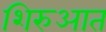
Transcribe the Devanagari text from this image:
शिरुआत